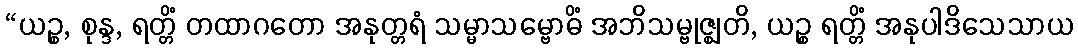
“ယဉ္စ, စုန္ဒ, ရတ္တိံ တထာဂတော အနုတ္တရံ သမ္မာသမ္ဗောဓိံ အဘိသမ္ဗုဇ္ဈတိ, ယဉ္စ ရတ္တိံ အနုပါဒိသေသာယ